Burma Government Medical School reports 1923-41
Year: 1923
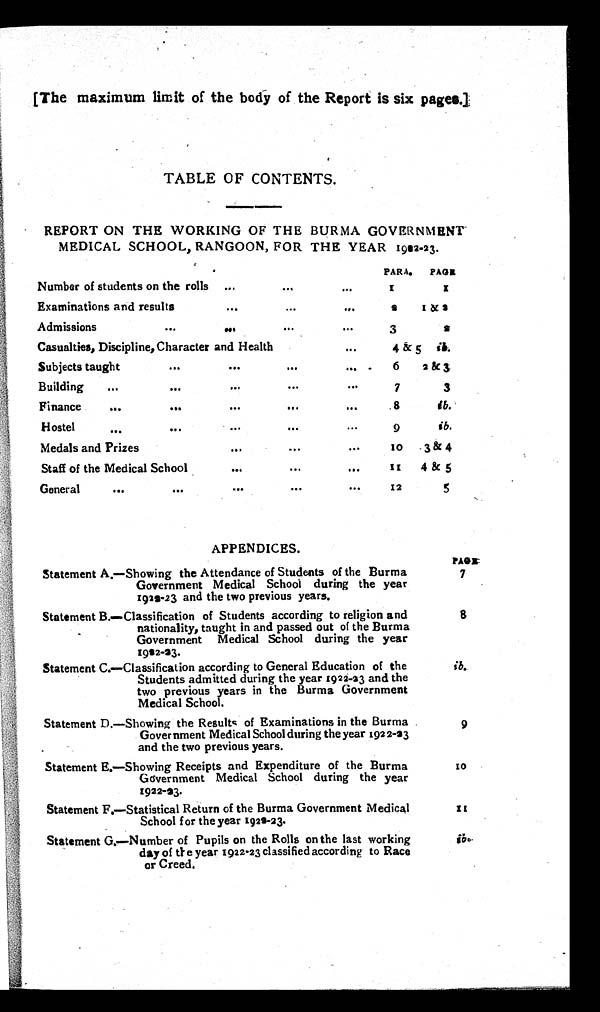
[The maximum limit of the body of the Report is six pages.]
TABLE OF CONTENTS.
REPORT ON THE WORKING OF THE BURMA GOVERNMENT
MEDICAL SCHOOL, RANGOON, FOR THE YEAR 1922-23.
PARA.
P A G E
Number of students on the rolls ...
...
...
x
x
Examinations and results
...
...
...
2
1 & 2
Admissions
...
...
...
...
3
2
Casualties, Discipline, Character and Health
...
4& 5
i b .
Subjects taught
...
...
...
...
6
2 & 3
Building
... ...
...
...
...
7
3
Finance
...
. . . . . . . . . . . .
8
ib.
H ostel ...
. . . . . . . . . . . .
9
i b .
Medals and Prizes
...
...
...
1 0
3 & 4
Staff of the Medical School
... ... ...
1 1 4 & 5
General
...
...
...
. . . . . .
12
5
APPENDICES.
PAGE
Statement A. —Showing the Attendance of Students of the Burma
Government Medical School during the year
1920-23 and the two previous years.
7
Statement B. —Classification of Students according to religion and
nationality, taught in and passed out of the Burma
Government Medical School during the year
1902-23.
8
Statement C.—Classification according to General Education of the
Students admitted during the year 1922-23 and the
two previous years in the Burma Government
Medical School.
i b .
Statement D.—Showing the Results of Examinations in the Burma
Government Medical School during the year 1922-23
and the two previous years.
9
Statement E.—Showing Receipts and Expenditure of the Burma
Government Medical School during the year
1922-23.
1 0
Statement F.—Statistical Return of the Burma Government Medical
School for the year 1922-23.
1 1
Statement G.—Number of Pupils on the Rolls on the last working
day of the year 1922-23 classified according to Race
or Creed.
i b .